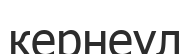
кернеул